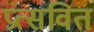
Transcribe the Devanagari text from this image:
प्रत्सवित